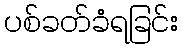
ပစ်ခတ်ခံရခြင်း